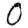
Digit: 0